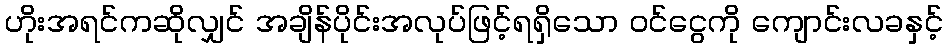
ဟိုးအရင်ကဆိုလျှင် အချိန်ပိုင်းအလုပ်ဖြင့်ရရှိသော ဝင်ငွေကို ကျောင်းလခနှင့်